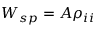
W _ { s p } = A \rho _ { i i }